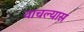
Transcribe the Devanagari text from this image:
वाचल्यास